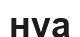
нуа